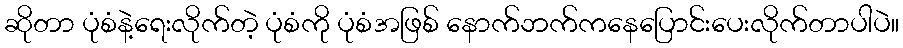
ဆိုတာ ပုံစံနဲ့ရေးလိုက်တဲ့ ပုံစံကို ပုံစံအဖြစ် နောက်ဘက်ကနေပြောင်းပေးလိုက်တာပါပဲ။